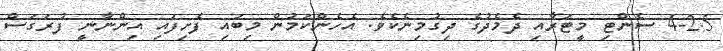
4-2.5 ސެންޓި މީޓަރާއި ދެމެދުގެ ދިގުމިނެކެވެ. އެހެންކަމުން މިބައި ފެށިފައި އިންނާނީ ފުރަގަސް